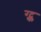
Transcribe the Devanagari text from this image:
ग्ट्क